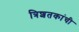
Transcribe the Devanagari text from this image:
त्रिशतकांची